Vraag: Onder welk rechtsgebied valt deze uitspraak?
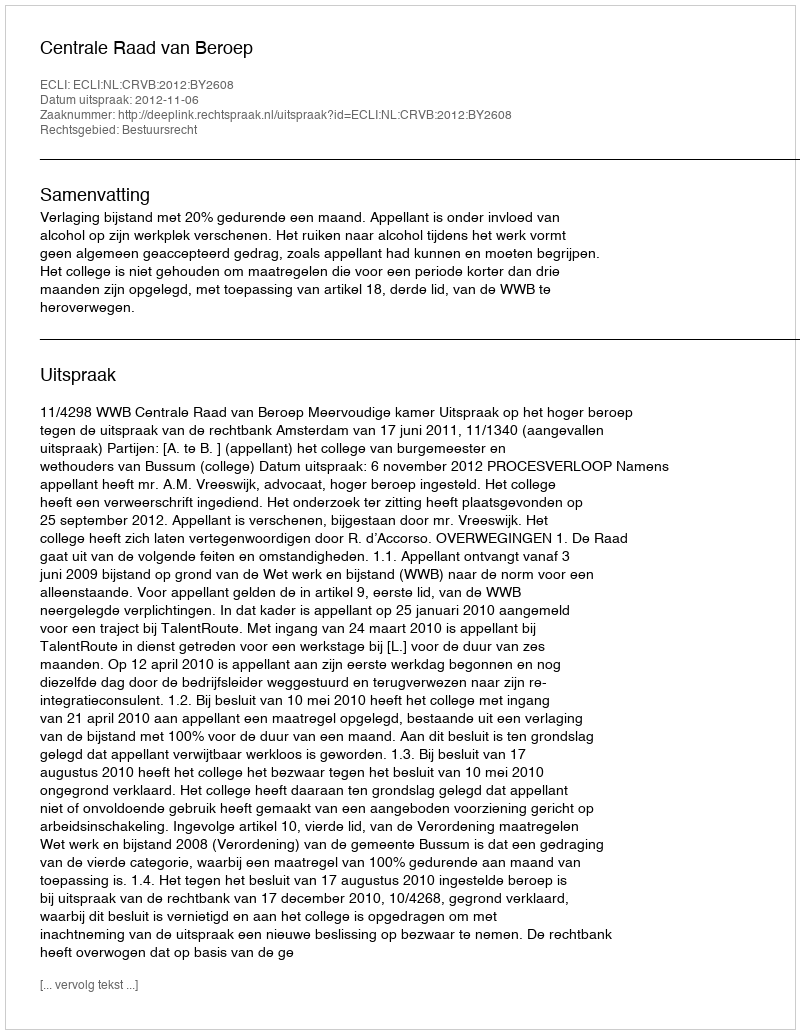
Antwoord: Bestuursrecht